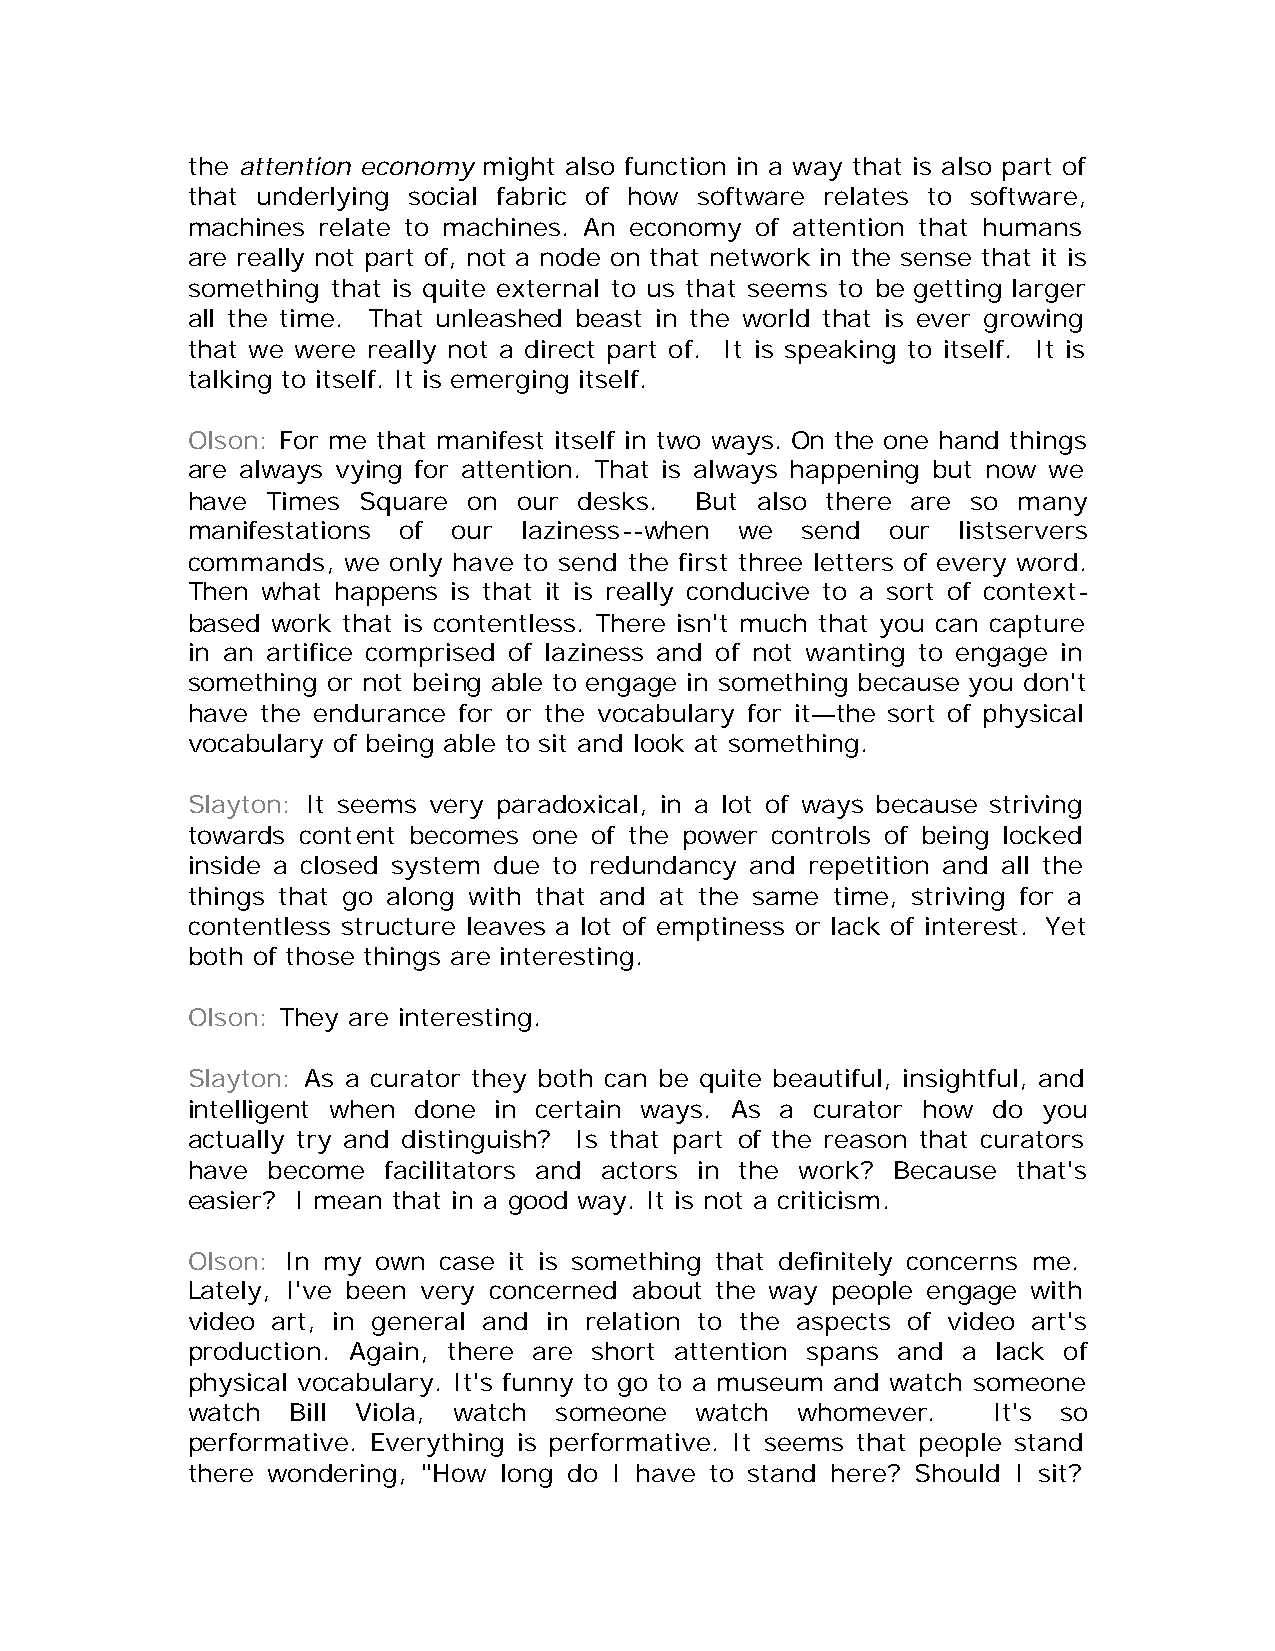
the attention economy might also function in a way that is also part of
 that underlying social fabric of how software relates to software,
 machines relate to machines. An economy of attention that humans
 are really not part of, not a node on that network in the sense that it is
 something that is quite external to us that seems to be getting larger
 all the time. That unleashed beast in the world that is ever growing
 that we were really not a direct part of. It is speaking to itself. It is
 talking to itself. It is emerging itself.
 Olson: For me that manifest itself in two ways. On the one hand things
 are always vying for attention. That is always happening but now we
 have  Times Square on our desks.  But also there are so many
 manifestations of our  laziness--when we send  our  listservers
 commands,  we only have to send the first three letters of every word.
 Then what happens is that it is really conducive to a sort of context-
 based work that is contentless. There isn't much that you can capture
 in an artifice comprised of laziness and of not wanting to engage in
 something or not being able to engage in something because you don't
 have the endurance for or the vocabulary for it—the sort of physical
 vocabulary of being able to sit and look at something.
 Slayton: It seems very paradoxical, in a lot of ways because striving
 towards content becomes one of the power controls of being locked
 inside a closed system due to redundancy and repetition and all the
 things that go along with that and at the same time, striving for a
 contentless structure leaves a lot of emptiness or lack of interest. Yet
 both of those things are interesting.
 Olson: They are interesting.
 Slayton: As a curator they both can be quite beautiful, insightful, and
 intelligent when done in certain ways. As a curator how do you
 actually try and distinguish? Is that part of the reason that curators
 have  become facilitators and actors in the work? Because that's
 easier? I mean that in a good way. It is not a criticism.
 Olson: In my own case it is something that definitely concerns me.
 Lately, I've been very concerned about the way people engage with
 video art, in general and in relation to the aspects of video art's
 production. Again, there are short attention spans and a lack of
 physical vocabulary. It's funny to go to a museum and watch someone
 watch  Bill Viola, watch someone  watch  whomever.    It's so
 performative. Everything is performative. It seems that people stand
 there wondering, "How long do I have to stand here? Should I sit?